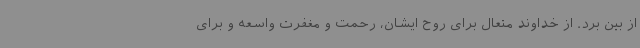
از بین برد. از خداوند متعال برای روح ایشان، رحمت و مغفرت واسعه و برای